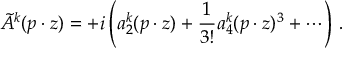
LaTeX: \tilde { A } ^ { k } ( p \cdot z ) = + i \left( a _ { 2 } ^ { k } ( p \cdot z ) + \frac { 1 } { 3 ! } a _ { 4 } ^ { k } ( p \cdot z ) ^ { 3 } + \cdots \right) \, .